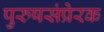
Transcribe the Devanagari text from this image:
पुरुषसंप्रेरक